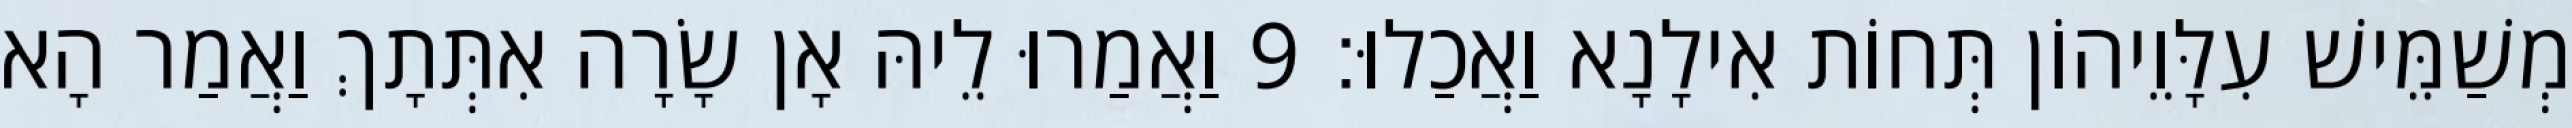
מְשַׁמֵּישׁ עִלָּוֵיהוֹן תְּחוֹת אִילָנָא וַאֲכַלוּ׃ 9 וַאֲמַרוּ לֵיהּ אָן שָׂרָה אִתְּתָךְ וַאֲמַר הָא